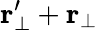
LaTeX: \textbf{r}_{\perp}^{\prime}+\textbf{r}_{\perp}